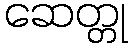
ဆေတ္တု